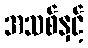
အသစ်နှင့်